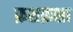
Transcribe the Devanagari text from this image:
फ़शफ़शा